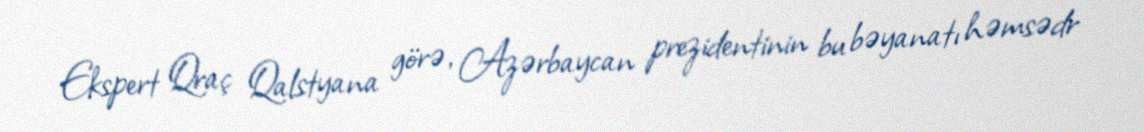
Ekspert Qraç Qalstyana görə, Azərbaycan prezidentinin bu bəyanatı həmsədr